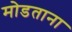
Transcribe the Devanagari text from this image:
मोडताना